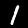
Digit: 1